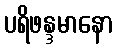
ပရိဖန္ဒမာနော